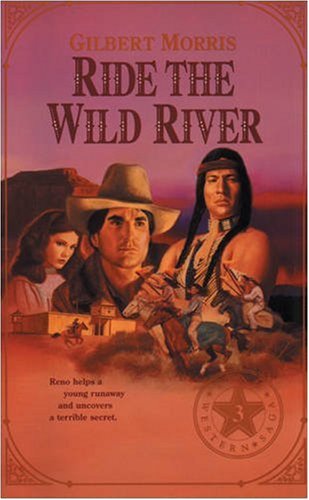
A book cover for Ride the Wild River (Originally The Runaway) (Reno Western Saga #3); Gilbert Morris; Religion & Spirituality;